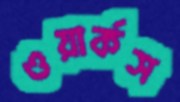
ওয়ার্কস